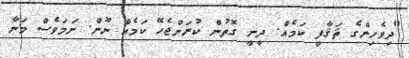
"ދިވެހިންގެ ޘަޤާފީ ކަމެއް. ދީނީ ގޮތުން ކުރަންޖެހޭ ކަމެއް ނޫން. ނަމަވެސް މަނާ